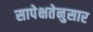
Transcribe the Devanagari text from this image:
सापेक्षतेनुसार